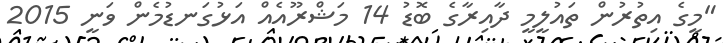
"މީގެ އިތުރުން ތައުލީމީ ދާއިރާގެ ބޮޑު 14 މަޝްރޫއެއް އަޅުގަނޑުމެން ވަނީ 2015